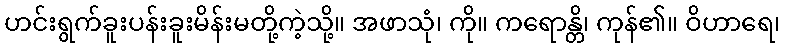
ဟင်းရွက်ခူးပန်းခူးမိန်းမတို့ကဲ့သို့။ အဖာသုံ၊ ကို။ ကရောန္တိ၊ ကုန်၏။ ဝိဟာရေ၊